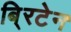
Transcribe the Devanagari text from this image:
बि्रटेन